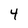
Character: 4